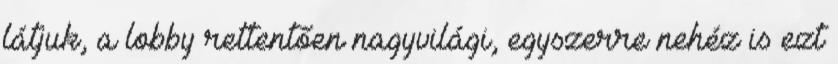
látjuk, a lobby rettentően nagyvilági, egyszerre nehéz is ezt